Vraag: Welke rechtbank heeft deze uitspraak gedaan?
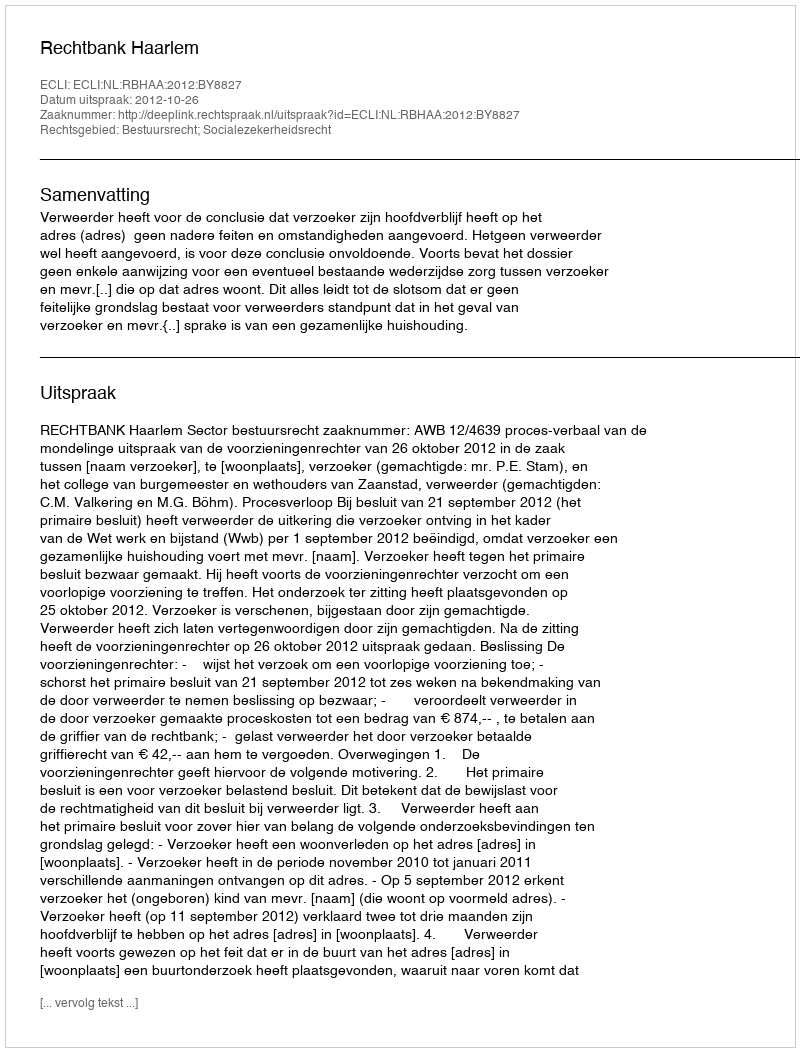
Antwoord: Rechtbank Haarlem